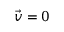
\vec { v } = 0